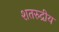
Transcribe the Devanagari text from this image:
शतरुद्रीय